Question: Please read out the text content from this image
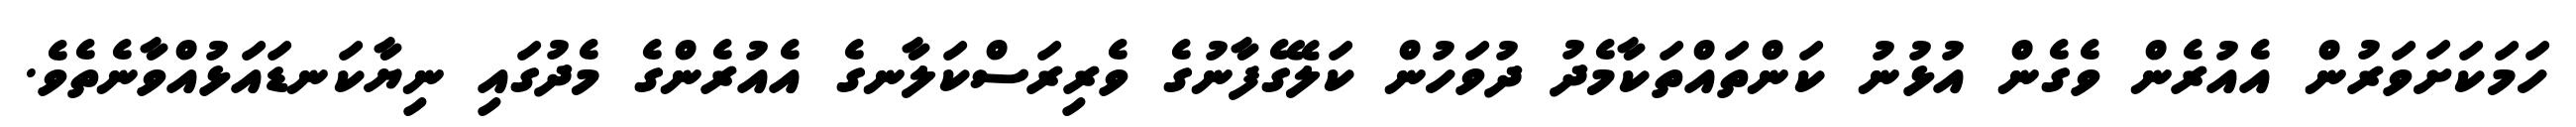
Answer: ހަމަކަށަވަރުން އެއުރެން ވެގެން އުޅުނު ކަންތައްތަކާމެދު ދުވަހުން ކަލޭގެފާނުގެ ވެރިރަސްކަލާނގެ އެއުރެންގެ މެދުގައި ނިޔާކަނޑައަޅުއްވާނެތެވެ.